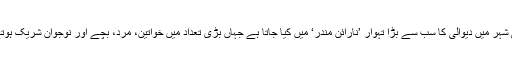
کراچی شہر میں دیوالی کا سب سے بڑا تہوار ’نارائن مندر‘ میں کیا جاتا ہے جہاں بڑی تعداد میں خواتین، مرد، بچے اور نوجوان شریک ہوتے ہیں۔